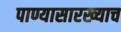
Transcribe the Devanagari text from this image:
पाण्यासारख्याच